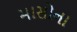
માસોના